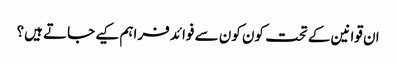
ان قوانین کے تحت کون کون سے فوائد فراہم کیے جاتے ہیں؟